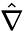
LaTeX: \hat{\nabla}